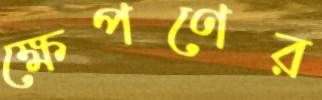
ক্ষেপণের